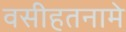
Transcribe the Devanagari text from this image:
वसीहतनामे